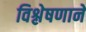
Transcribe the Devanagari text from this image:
विश्लेषणाने